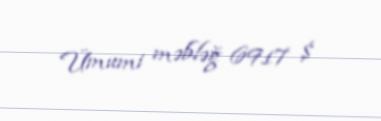
Ümumi məbləğ 6917 $